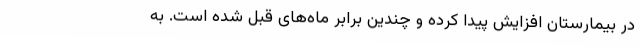
در بیمارستان افزایش پیدا کرده و چندین برابر ماه‌های قبل شده است. به